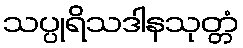
သပ္ပုရိသဒါနသုတ္တံ